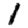
Digit: 1